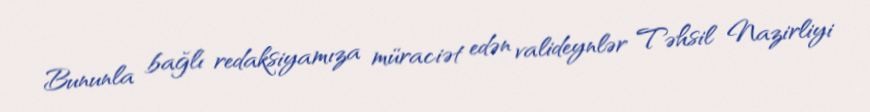
Bununla bağlı redaksiyamıza müraciət edən valideynlər Təhsil Nazirliyi